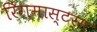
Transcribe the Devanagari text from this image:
रिंगमास्टर्स